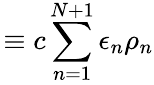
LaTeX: \! \! \! \! \! L\equiv c\sum_{n=1}^{N+1}\epsilon_{n}\rho_{n}